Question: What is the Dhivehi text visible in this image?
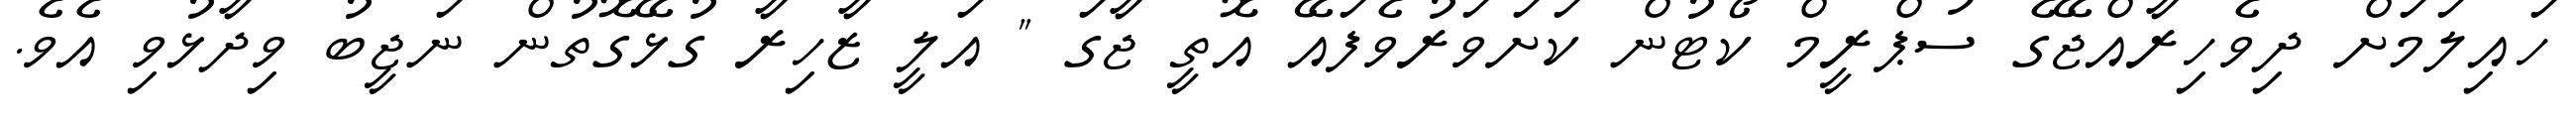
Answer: ހައިލަމަށް ދިވެހިރާއްޖޭގެ ސުޕްރީމް ކޯޓުން ކަށަވަރުވެފައޭ އޮތީ ޖާގަ " އަލީ ޒާހިރާ ގުޅޭގޮތުން ނަޖީބު ވިދާޅުވި އެވެ.